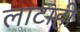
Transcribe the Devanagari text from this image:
लाटाही